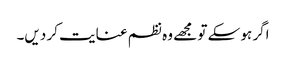
اگر ہو سکے تو مجھے وہ نظم عنایت کر دیں۔